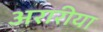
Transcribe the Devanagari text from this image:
अरारीया